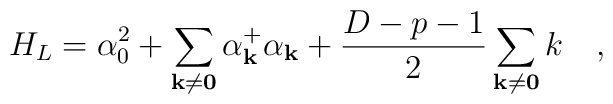
H_{L}=\alpha^{2}_{0}+\sum _{\bf {k\neq 0}} \alpha^{+}_{\bf k}\alpha_{\bf k}+\frac{D-p-1}{2}\sum  _{\bf {k\neq 0}}k\quad ,